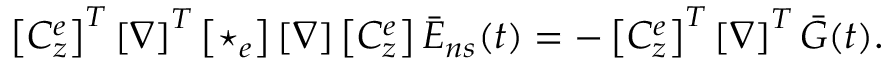
\left[ C _ { z } ^ { e } \right] ^ { T } \left[ \nabla \right] ^ { T } \left[ \star _ { e } \right] \left[ \nabla \right] \left[ C _ { z } ^ { e } \right] \bar { E } _ { n s } ( t ) = - \left[ C _ { z } ^ { e } \right] ^ { T } \left[ \nabla \right] ^ { T } \bar { G } ( t ) .